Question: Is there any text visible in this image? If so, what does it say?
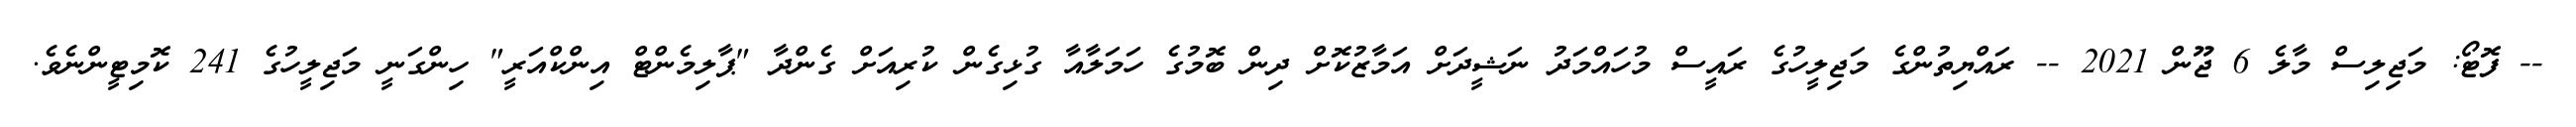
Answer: -- ފޮޓޯ: މަޖިލިސް މާލެ 6 ޖޫން 2021 -- ރައްޔިތުންގެ މަޖިލީހުގެ ރައީސް މުހައްމަދު ނަޝީދަށް އަމާޒުކޮށް ދިން ބޮމުގެ ހަމަލާއާ ގުޅިގެން ކުރިއަށް ގެންދާ "ޕާލިމެންޓް އިންކްއަރީ" ހިންގަނީ މަޖިލީހުގެ 241 ކޮމިޓީންނެވެ.